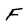
Character: F